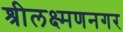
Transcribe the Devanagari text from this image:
श्रीलक्ष्मणनगर